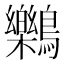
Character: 𪇱